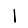
Digit: 1